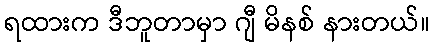
ရထားက ဒီဘူတာမှာ ဂျီ မိနစ် နားတယ်။